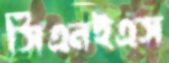
সিএনইএস